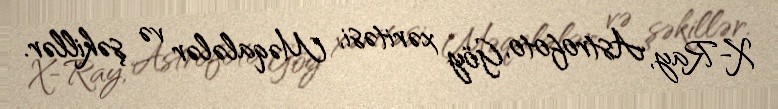
X-Ray, Astrofoto, Göy xəritəsi, Məqalələr və şəkillər.